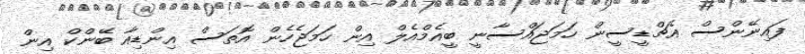
ފައިނޭންސް އެޗްޑީސީން ހަމަޖައްސާނީ ބީއެމްއެލް އިން ހަމަޖެހެން އޮތަސް އިންޑިއާ ބޭންކް އިން